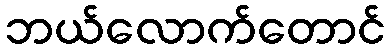
ဘယ်လောက်တောင်